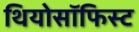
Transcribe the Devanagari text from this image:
थियोसॉफिस्ट